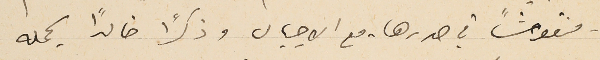
- منقوشًا في صدرها - مع الاجيال وذكرًا خالدًا يحمله